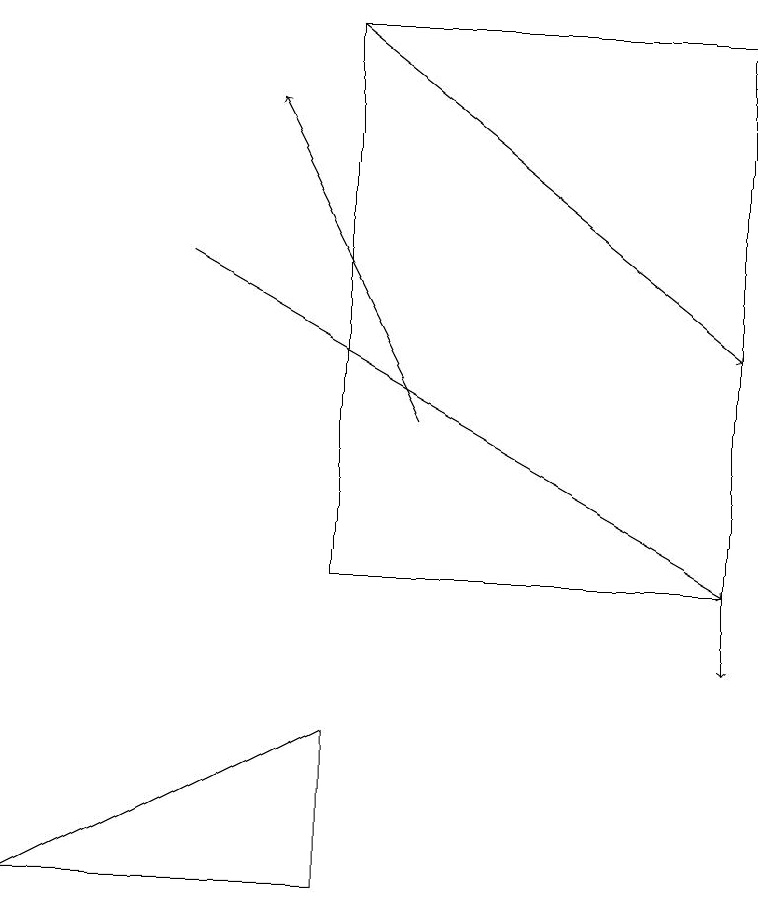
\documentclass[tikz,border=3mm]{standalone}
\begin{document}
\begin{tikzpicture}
\draw[->] (2,15) -- (9,11);
\draw[->] (5,13) -- (3,17);
\draw[->] (9,15) -- (9,10);
\draw[->] (4,18) -- (9,14);
\draw (4,18) rectangle (9,11);
\draw (0,7) -- (4,7) -- (4,9) -- cycle;
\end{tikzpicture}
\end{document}